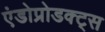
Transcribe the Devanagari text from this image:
एंडोप्रोडक्ट्स